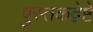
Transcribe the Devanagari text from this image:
पुस्तकद्वेष्टे